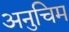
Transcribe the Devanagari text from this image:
अनुचिम